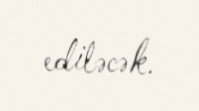
ediləcək.